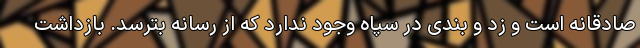
صادقانه است و زد و بندی در سپاه وجود ندارد که از رسانه بترسد. بازداشت